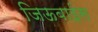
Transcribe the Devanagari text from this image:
जिऊबाईस